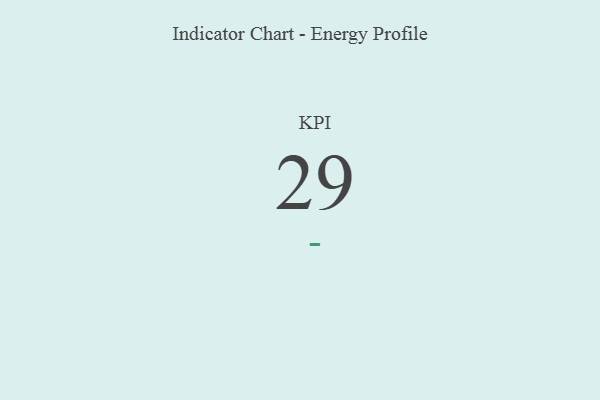
{"axis": {"x": "KPI", "y": "Value"}, "legend": [""], "data": [{"x": "KPI", "y": 29, "type": ""}]}